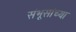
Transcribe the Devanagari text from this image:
संभूसांच्या